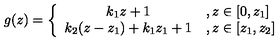
g ( z ) = \left\{ \begin{array} { c l } { { k _ { 1 } z + 1 } } & { , z \in \lbrack 0 , z _ { 1 } ] } \\ { { k _ { 2 } ( z - z _ { 1 } ) + k _ { 1 } z _ { 1 } + 1 } } & { , z \in \lbrack z _ { 1 } , z _ { 2 } ] } \\ \end{array} \right. \